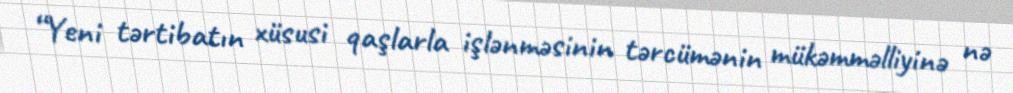
“Yeni tərtibatın xüsusi qaşlarla işlənməsinin tərcümənin mükəmməlliyinə nə